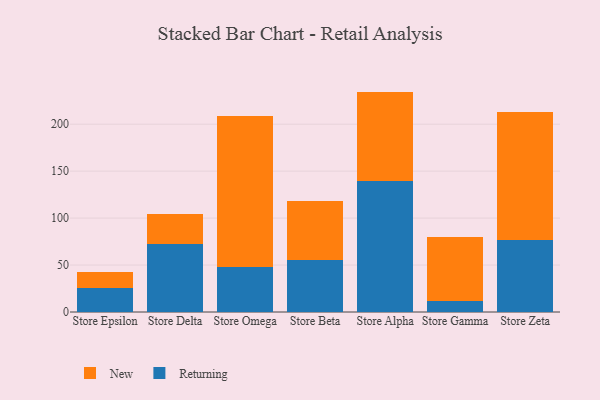
{"axis": {"x": "Store", "y": "Shipments"}, "legend": ["New", "Returning"], "data": [{"x": "Store Epsilon", "y": 25.8, "type": "Returning"}, {"x": "Store Epsilon", "y": 16.4, "type": "New"}, {"x": "Store Delta", "y": 72.4, "type": "Returning"}, {"x": "Store Delta", "y": 32.4, "type": "New"}, {"x": "Store Omega", "y": 47.6, "type": "Returning"}, {"x": "Store Omega", "y": 160.6, "type": "New"}, {"x": "Store Beta", "y": 55.2, "type": "Returning"}, {"x": "Store Beta", "y": 63.1, "type": "New"}, {"x": "Store Alpha", "y": 139.3, "type": "Returning"}, {"x": "Store Alpha", "y": 95.4, "type": "New"}, {"x": "Store Gamma", "y": 12.0, "type": "Returning"}, {"x": "Store Gamma", "y": 67.4, "type": "New"}, {"x": "Store Zeta", "y": 76.5, "type": "Returning"}, {"x": "Store Zeta", "y": 136.5, "type": "New"}]}